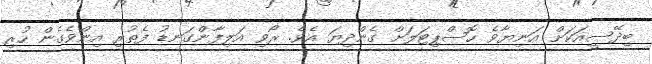
ބިދޭސީއަކަށް އަނިޔާވެ ހޮސްޕިޓަލަށް ގެންދިޔަ އެވެ. ރޯވި އަލިފާންގަނޑު ފެތުރި އިންވެގެން ހުރި